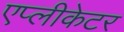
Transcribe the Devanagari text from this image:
एप्लीकेटर